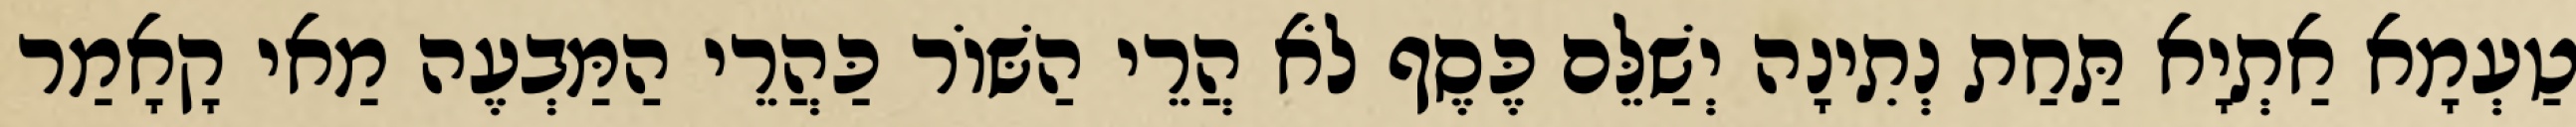
טַעְמָא אַתְיָא תַּחַת נְתִינָה יְשַׁלֵּם כֶּסֶף לֹא הֲרֵי הַשּׁוֹר כַּהֲרֵי הַמַּבְעֶה מַאי קָאָמַר